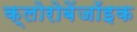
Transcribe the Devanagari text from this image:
क्लोरोबेंजॉइक